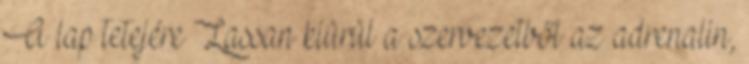
A lap tetejére Lassan kiürül a szervezetből az adrenalin,